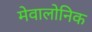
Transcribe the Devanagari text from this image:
मेवालोनिक